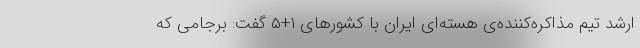
ارشد تیم مذاکره‌کننده‌ی هسته‌ای ایران با کشورهای ۱+۵ گفت: برجامی که